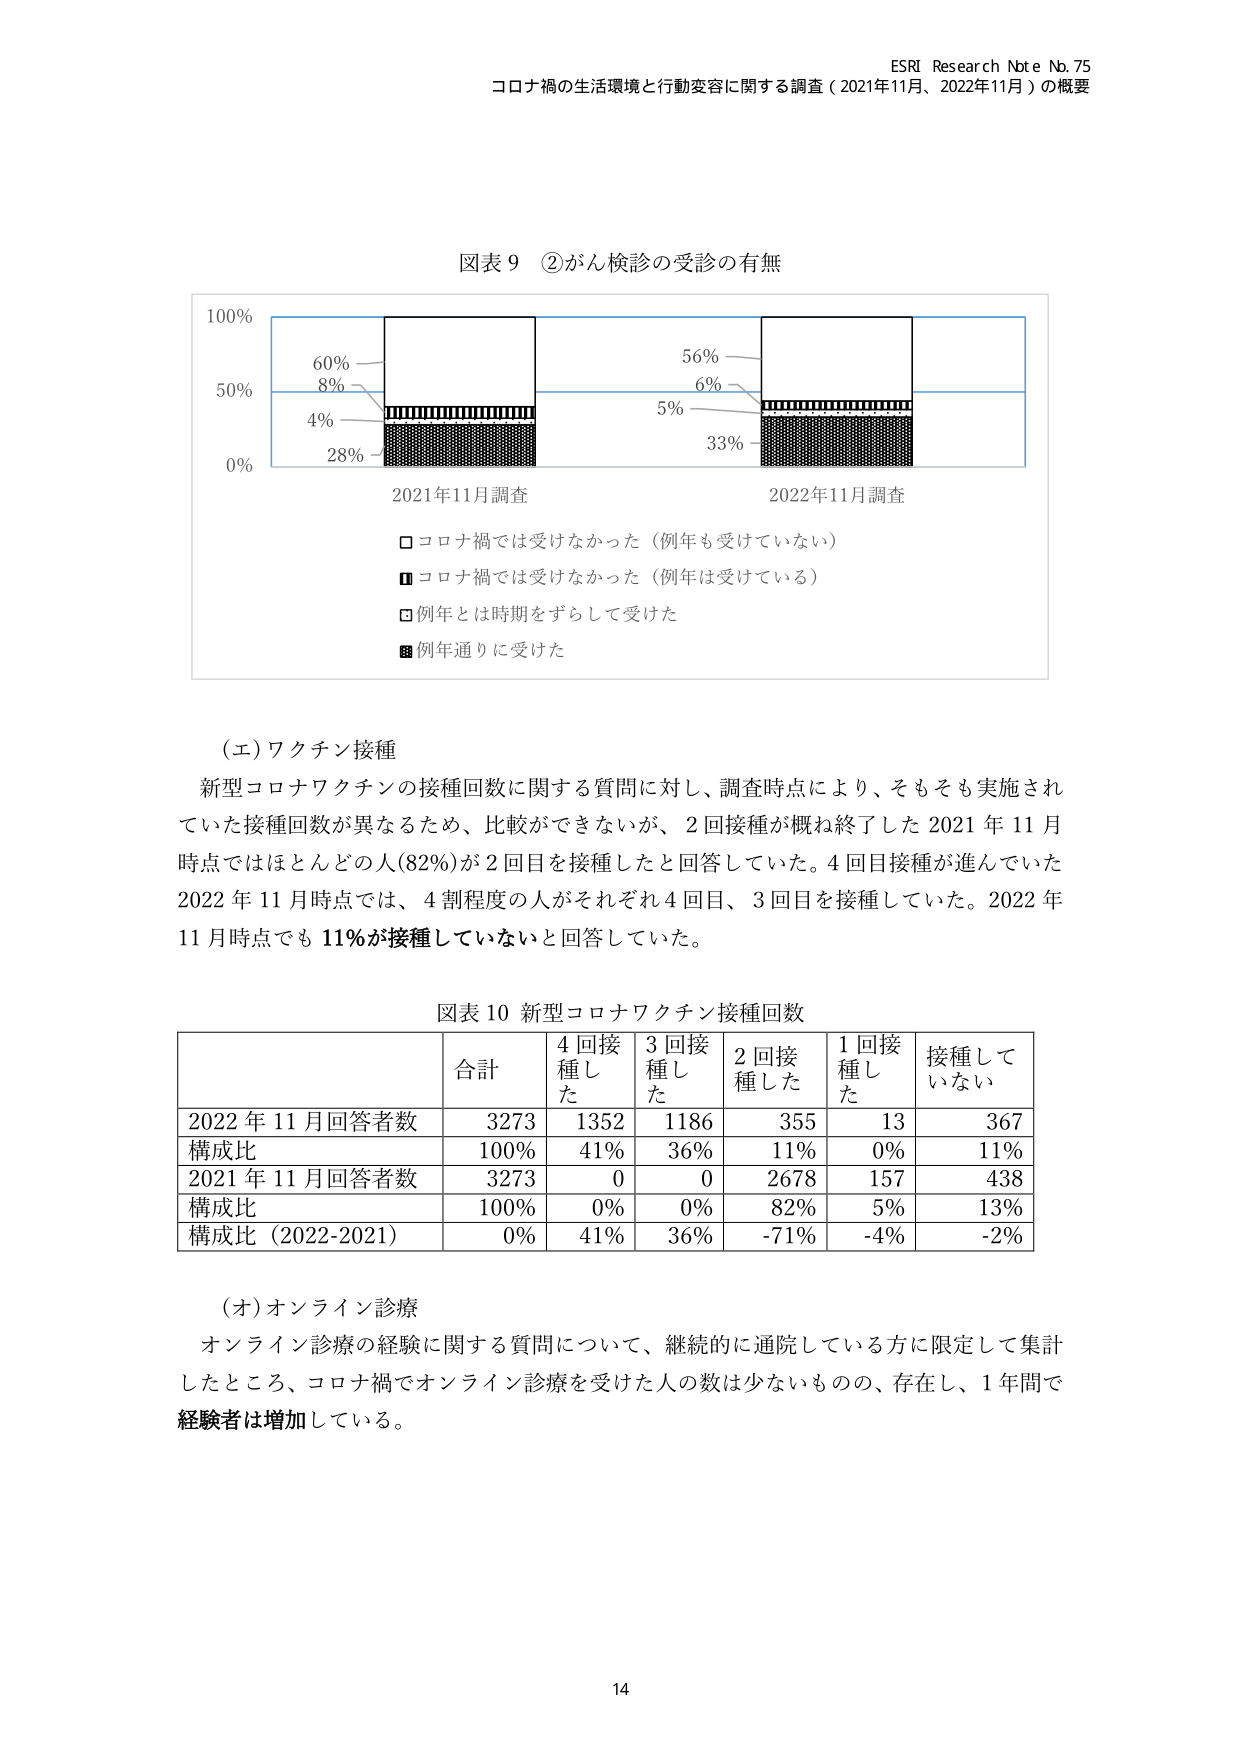
ESRI Research Note No. 75
コロナ禍の生活環境と行動変容に関する調査（2021年11月、2022年11月）の概要

図表9 ②がん検診の受診の有無

100%
60%
8%
4%
28%
56%
6%
5%
33%
0%
50%
2021年11月調査
2022年11月調査

□ コロナ禍では受けなかった（例年も受けていない）
■ コロナ禍では受けなかった（例年は受けてている）
□ 例年とは時期をずらして受けた
■ 例年通りに受けた

（エ）ワクチン接種
新型コロナワクチンの接種回数に関する質問に対し、調査時点により、そもそも実施されていた接種回数が異なるため、比較ができないが、2回接種が概ね終了した2021年11月時点ではほとんどの人（82%）が2回目を接種したと回答していた。4回目接種が進んでいた2022年11月時点では、4割程度の人がそれぞれ4回目、3回目を接種していた。2022年11月時点でも11%が接種していないと回答していた。

図表10 新型コロナワクチン接種回数

| | 合計 | 4回接種した | 3回接種した | 2回接種した | 1回接種した | 接種していない |
|---|---|---|---|---|---|---|
| 2022年11月回答者数 | 3273 | 1352 | 1186 | 355 | 13 | 367 |
| 構成比 | 100% | 41% | 36% | 11% | 0% | 11% |
| 2021年11月回答者数 | 3273 | 0 | 0 | 2678 | 157 | 438 |
| 構成比 | 100% | 0% | 0% | 82% | 5% | 13% |
| 構成比（2022-2021） | 0% | 41% | 36% | -71% | -4% | -2% |

（オ）オンライン診療
オンライン診療の経験に関する質問について、継続的に通院している方に限定して集計したところ、コロナ禍でオンライン診療を受けた人の数は少ないものの、存在し、1年間で経験者は増加している。

14